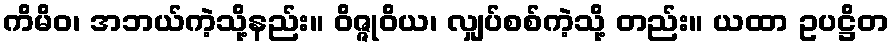
ကိမိဝ၊ အဘယ်ကဲ့သို့နည်း။ ဝိဇ္ဇုဝိယ၊ လျှပ်စစ်ကဲ့သို့ တည်း။ ယထာ ဥပဋ္ဌိတ